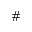
\#